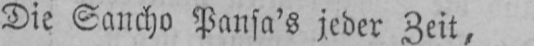
Die Sancho Pansa’s jeder Zeit,